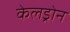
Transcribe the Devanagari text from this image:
केलड्रोन